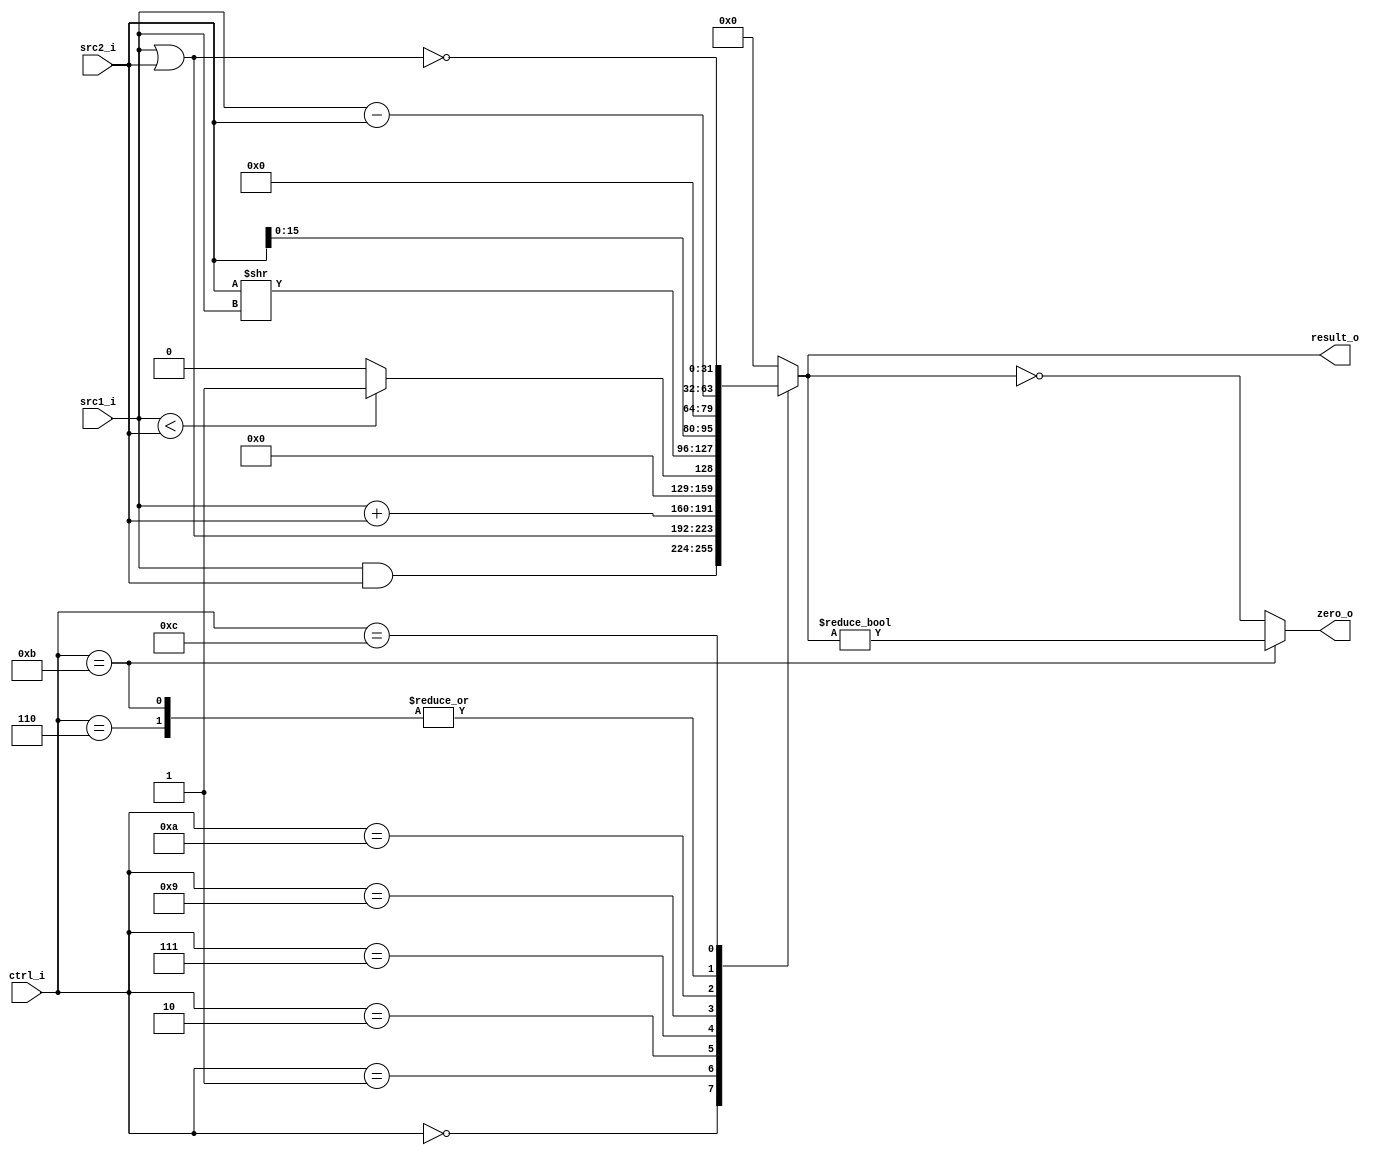
//Subject:     CO project 2 - ALU
//--------------------------------------------------------------------------------
//Version:     1
//--------------------------------------------------------------------------------
//Writer:      
//----------------------------------------------
//Date:        
//----------------------------------------------
//Description: 
//--------------------------------------------------------------------------------

module ALU(
		src1_i,
		src2_i,
		ctrl_i,
		result_o,
		zero_o
		);
     
//I/O ports
input  [32-1:0]  src1_i;
input  [32-1:0]  src2_i;
input  [4-1:0]   ctrl_i;

output [32-1:0]	 result_o;
output             zero_o;

//Internal signals
reg    [32-1:0]  result_o;
wire             zero_o,zero_beq,zero_bne;

//Parameter

//Main function

assign zero_beq=(result_o==0);
assign zero_bne=(result_o!=0);
assign zero_o=(ctrl_i==4'b1011)? zero_bne:zero_beq;

always@(ctrl_i,src1_i,src2_i)begin
	case(ctrl_i)
		0:result_o <= src1_i & src2_i;
		1:result_o <= src1_i | src2_i;
		2:result_o <= src1_i + src2_i;
		6:result_o <= src1_i - src2_i;
		7:result_o <= (src1_i < src2_i)? 1:0;
		9:result_o <= src2_i >> src1_i ;
		10:result_o <= src2_i << 16 ;
		11:result_o <= src1_i - src2_i;
		12:result_o <= ~(src1_i | src2_i);
		default: result_o <= 0;
	endcase
end

 
endmodule